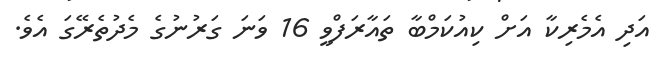
އަދި އެމެރިކާ އަށް ކިއުކަމްބާ ތައާރަފްވީ 16 ވަނަ ގަރުނުގެ މެދުތެރޭގަ އެވެ.